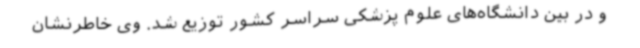
و در بین دانشگاه‌های علوم ‌پزشکی سراسر کشور توزیع شد. وی خاطرنشان